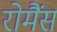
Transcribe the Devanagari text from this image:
रोमैंस